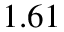
1 . 6 1